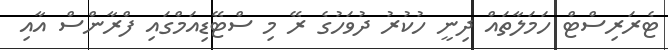
ޓެރަރިސްޓް ހަމަލާތައް ދިނީ ހުކުރު ދުވަހުގެ ރޭ މި ސްޓޭޑިއަމްގައި ފްރާންސް އާއި